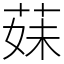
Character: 𦳀